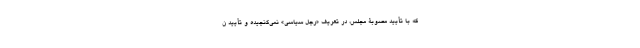
که با تأیید مصوبۀ مجلس، در تعریف «رجل سیاسی» نمی‌گنجیده و تأیید ن